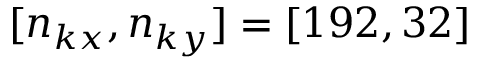
[ n _ { k x } , n _ { k y } ] = [ 1 9 2 , 3 2 ]